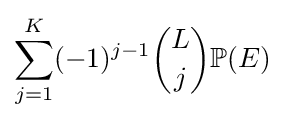
\sum _{j=1}^{K}(-1)^{j-1}{L \choose j}\mathbb {P} (E)